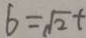
6 = \sqrt { 2 } +